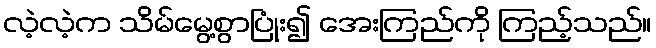
လဲ့လဲ့က သိမ်မွေ့စွာပြုံး၍ အေးကြည်ကို ကြည့်သည်။